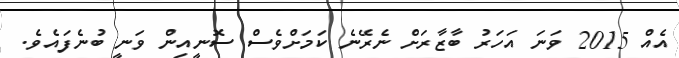
އެއް 2015 ވަނަ އަހަރު ބާޒާރަށް ނެރޭނެ ކަމަށްވެސް ސޮނީއިން ވަނީ ބުނެފައެވެ.